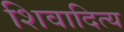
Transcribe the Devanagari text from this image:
शिवादित्य